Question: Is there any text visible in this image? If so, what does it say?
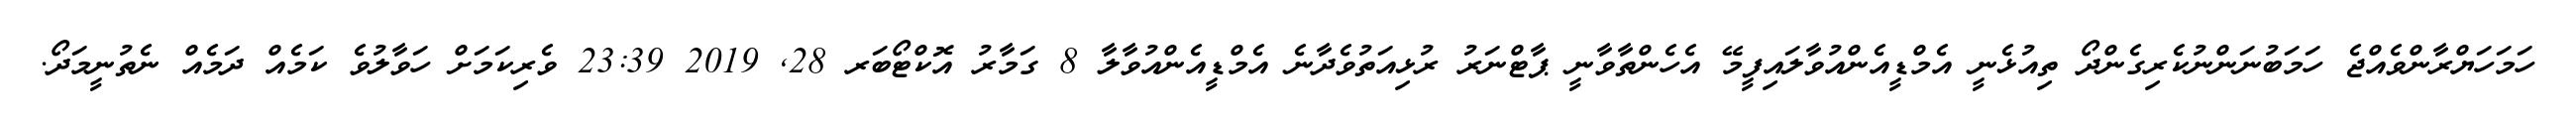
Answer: ހަމަހަޔްރާންވެއްޖެ ހަމަބުނަންނުކެރިގެންދޯ ތިއުޅެނީ އެމްޑީއެންއުވާލައިފީމޭ އެހެންތާވާނީ ޕާޓްނަރު ރުޅިއަތުވެދާނެ އެމްޑީއެންއުވާލާ 8 ގަމާރު އޮކްޓޯބަރ 28, 2019 23:39 ވެރިކަމަށް ހަވާލުވެ ކަމެއް ދަމެއް ނެތުނީމަދޯ.